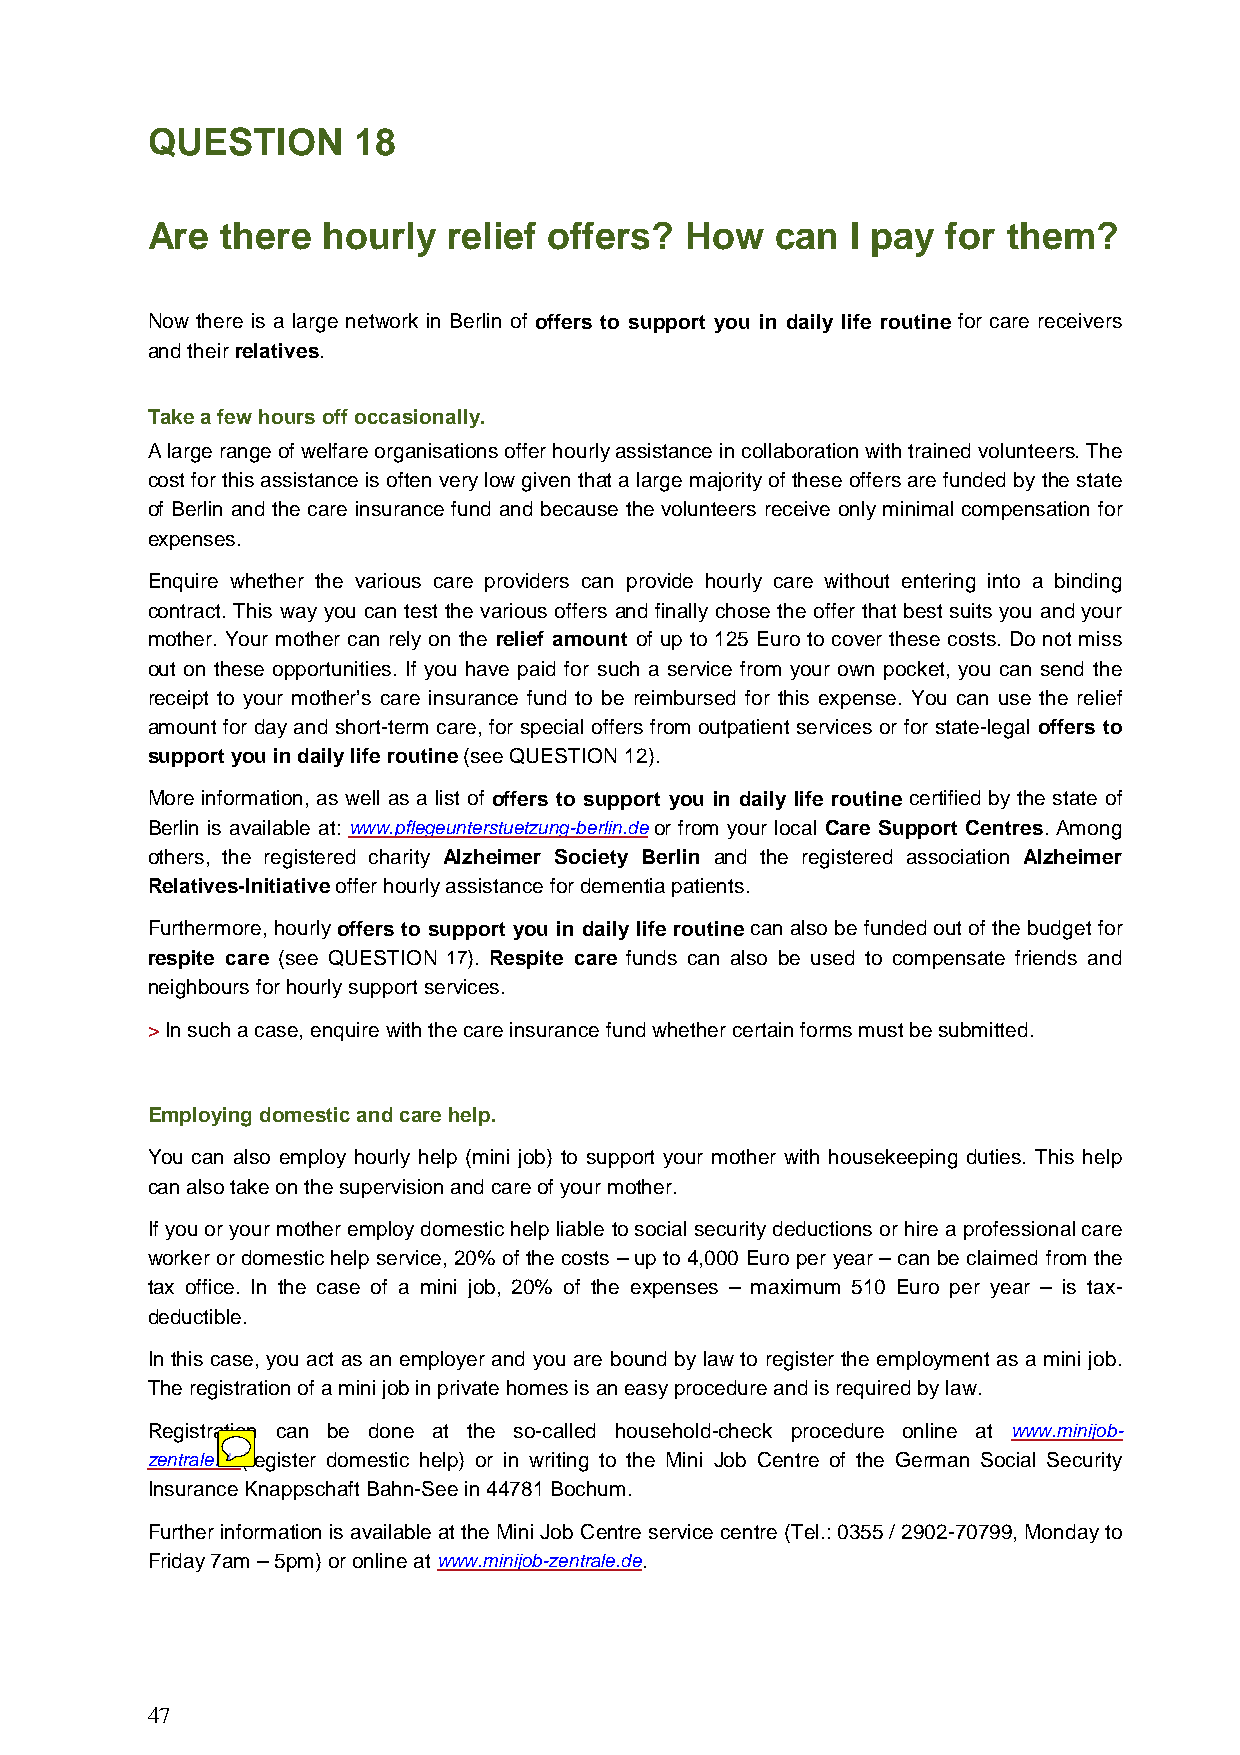
QUESTION     18
 Are  there hourly   relief offers? How   can  I pay  for them?
 Now there is a large network in Berlin of offers to support you in daily life routine for care receivers
 and their relatives.
 Take a few hours off occasionally.
 A large range of welfare organisations offer hourly assistance in collaboration with trained volunteers. The
 cost for this assistance is often very low given that a large majority of these offers are funded by the state
 of Berlin and the care insurance fund and because the volunteers receive only minimal compensation for
 expenses.
 Enquire whether the various care providers can provide hourly care without entering into a binding
 contract. This way you can test the various offers and finally chose the offer that best suits you and your
 mother. Your mother can rely on the relief amount of up to 125 Euro to cover these costs. Do not miss
 out on these opportunities. If you have paid for such a service from your own pocket, you can send the
 receipt to your mother’s care insurance fund to be reimbursed for this expense. You can use the relief
 amount for day and short-term care, for special offers from outpatient services or for state-legal offers to
 support you in daily life routine (see QUESTION 12).
 More information, as well as a list of offers to support you in daily life routine certified by the state of
 Berlin is available at: www.pflegeunterstuetzung-berlin.de or from your local Care Support Centres. Among
 others, the registered charity Alzheimer Society Berlin and the registered association Alzheimer
 Relatives-Initiative offer hourly assistance for dementia patients.
 Furthermore, hourly offers to support you in daily life routine can also be funded out of the budget for
 respite care (see QUESTION 17). Respite care funds can also be used to compensate friends and
 neighbours for hourly support services.
 > In such a case, enquire with the care insurance fund whether certain forms must be submitted.
 Employing domestic and care help.
 You can also employ hourly help (mini job) to support your mother with housekeeping duties. This help
 can also take on the supervision and care of your mother.
 If you or your mother employ domestic help liable to social security deductions or hire a professional care
 worker or domestic help service, 20% of the costs – up to 4,000 Euro per year – can be claimed from the
 tax office. In the case of a mini job, 20% of the expenses – maximum 510 Euro per year – is tax-
 deductible.
 In this case, you act as an employer and you are bound by law to register the employment as a mini job.
 The registration of a mini job in private homes is an easy procedure and is required by law.
 Registration can be done at the so-called household-check procedure online at www.minijob-
 zentrale.de(register domestic help) or in writing to the Mini Job Centre of the German Social Security
 Insurance Knappschaft Bahn-See in 44781 Bochum.
 Further information is available at the Mini Job Centre service centre (Tel.: 0355 / 2902-70799, Monday to
 Friday 7am – 5pm) or online at www.minijob-zentrale.de.
 47